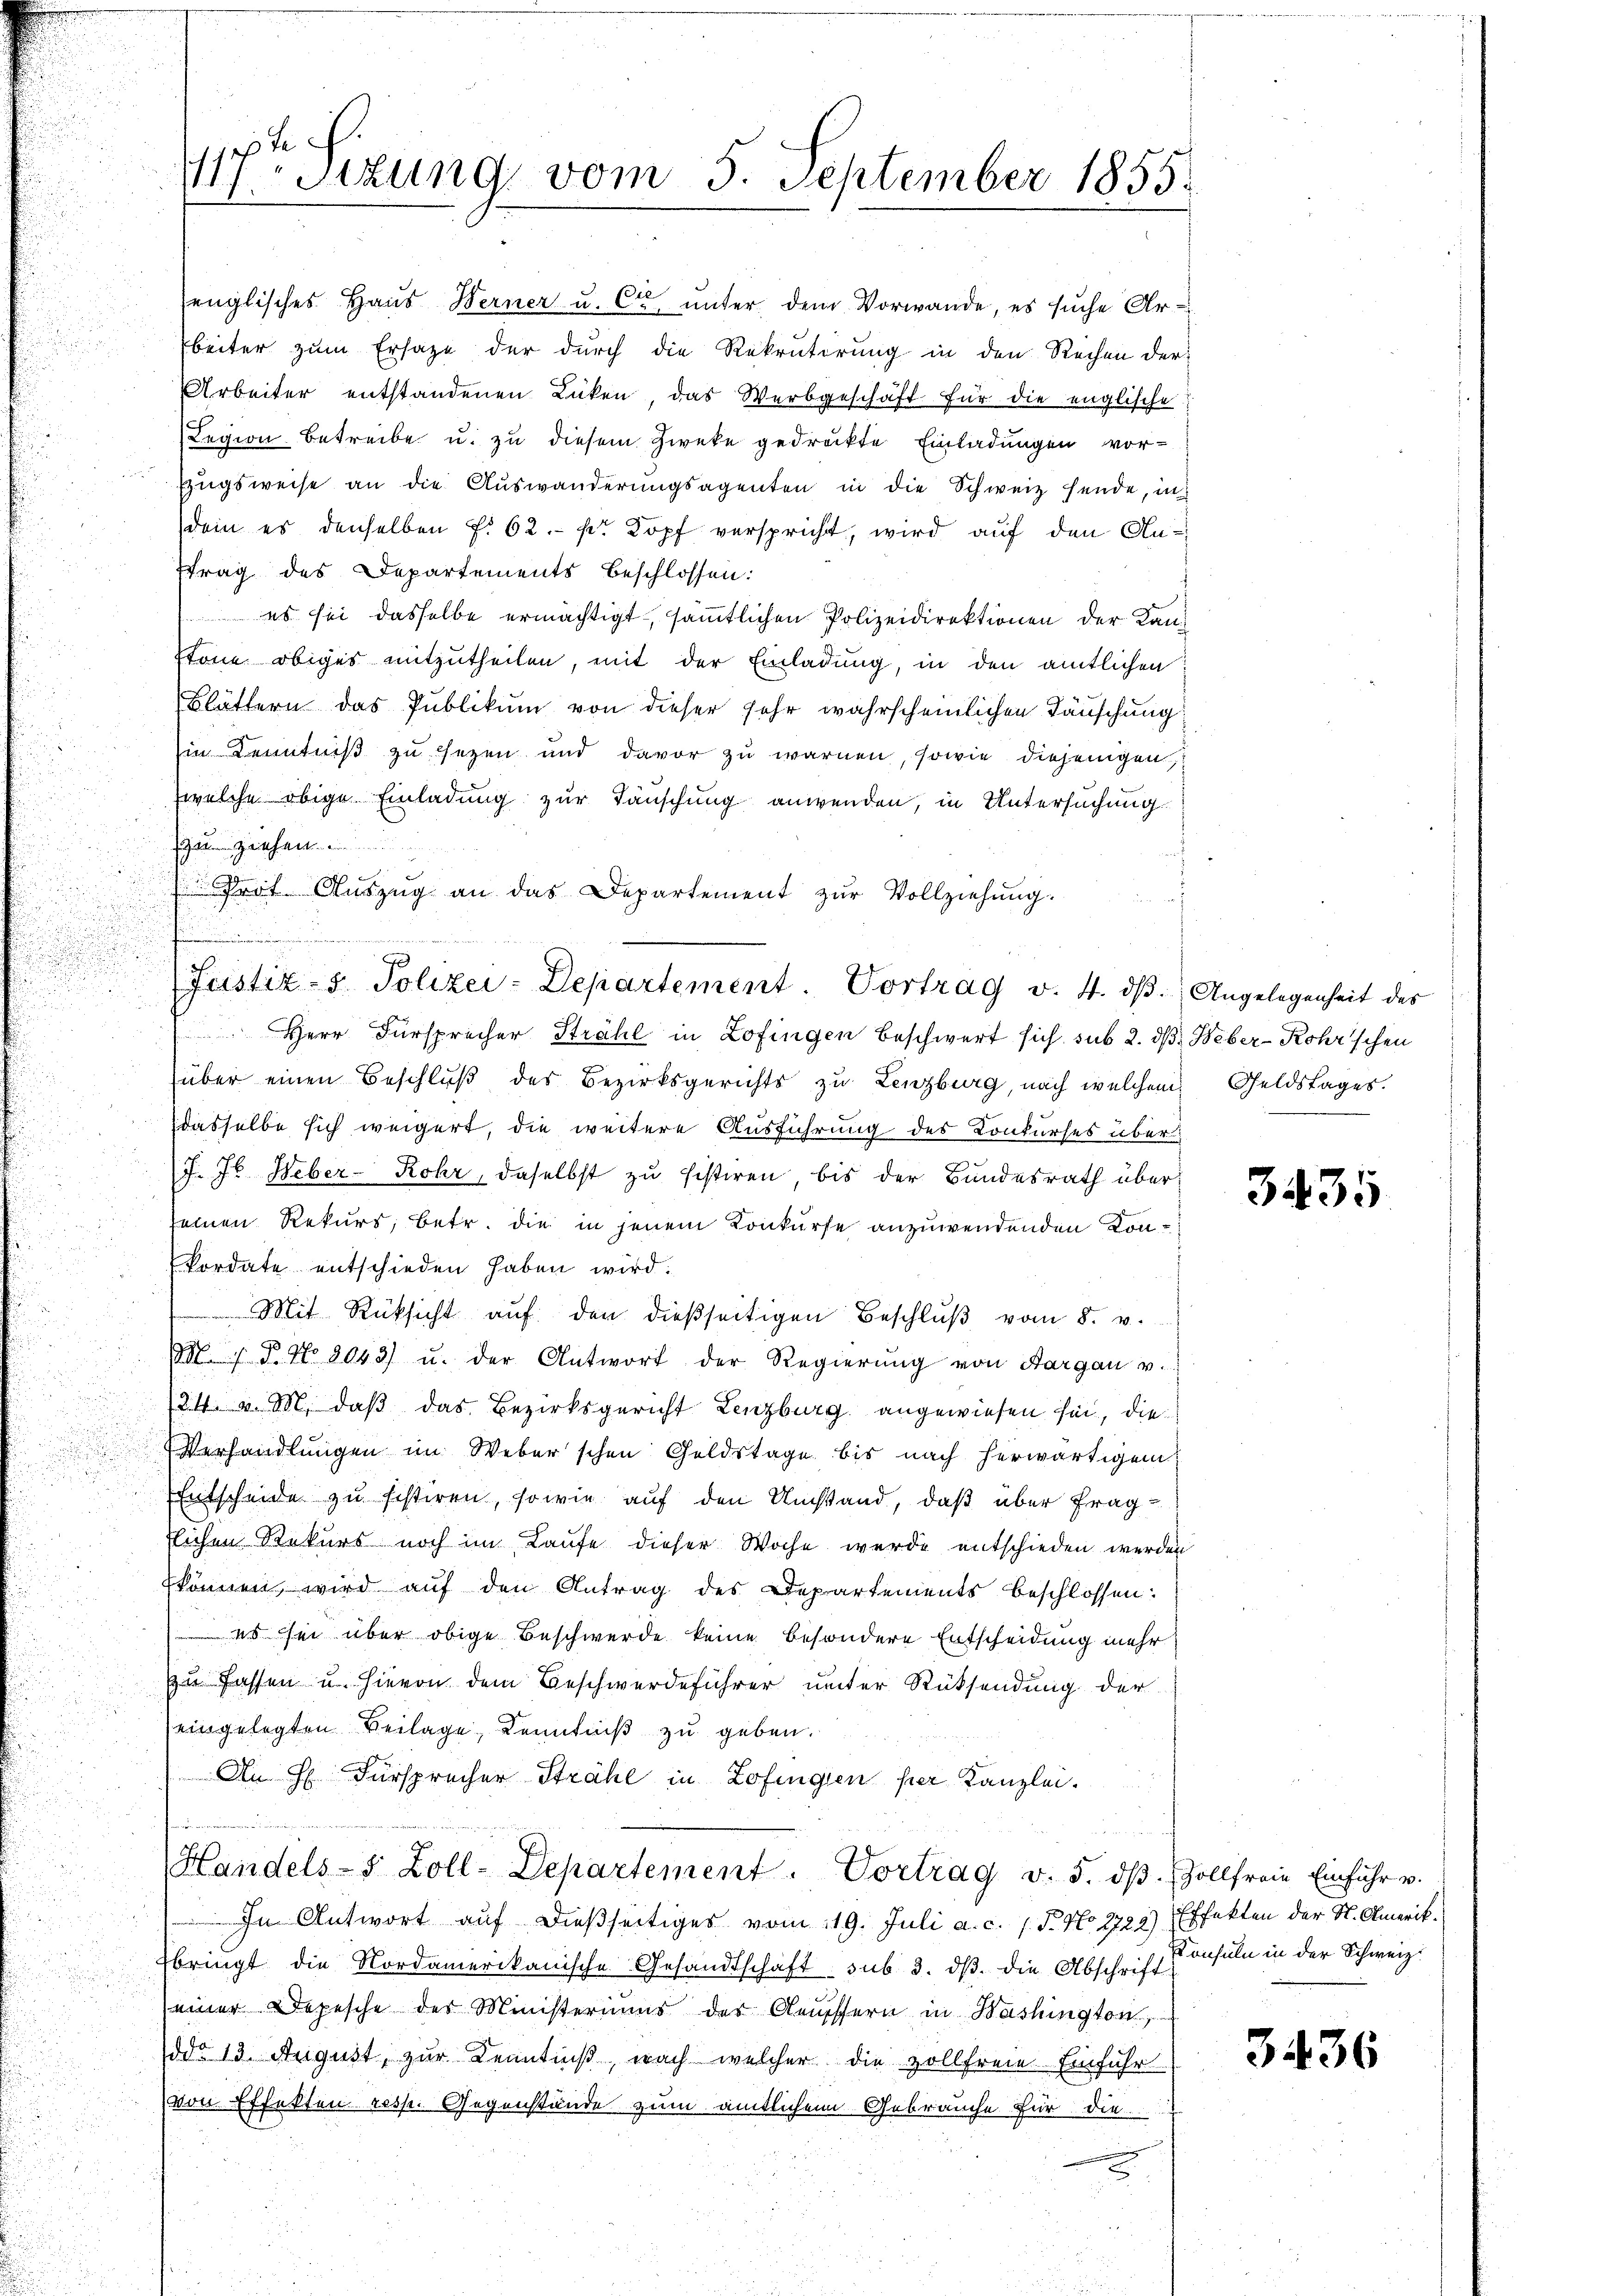
i

117ten Sizung vom 5. September 1855.

welche obige Einladung zur Tauschung anwenden, in Untersuchung
h
Prot. Aŭszŭg an das Departement zŭr Vollziehung.
Herr Fürsprecher Strahl in Zofingen beschwert sich sub 2. dβ Weber-Rohr'schen
über einen Beschluß des Bezirksgerichts zu Lenzburg, nach welchem Geldstages.
dasselbe sich weigert, die weitere Ausführung des Konkurses über
J. J. Weber-Rohr, daselbst zu sistiren, bis der Bundesrath überseinen Rekurs, betr. die in jenem Konkurse anzuwendenden Konkordate entschieden haben wird.
Mit Rücksicht aŭf den dießseitigen Beschlŭβ vom 8. v.
M. 1. P. No 9043) u. der Antwort der Regierŭng von Aargau v.
24. v. M. daß das Bezirksgericht Lenzburg, angewiesen sei, die
Verhandlungen im Weber schon Goldstage bis nach herwärtigen
Entscheide zu festiren, sowie auf den Umstand, daß über fraglichen Rekurs noch im Laufe dieser Woche wurde entschieden werden
können wird auf den Antrag des Departements beschlossen:
 es sei über obige Beschwerde keine besondere Entscheidung mehr:
zu fassen u. hievon dem Beschwerdeführer unter Rücksendung der
eingelegten Beilage, Kenntniß zu geben.
An Hr. Fürsprecher Strahl in Zofingen per Kanzlei.
Handels-S. Zoll-Departement. Vortrag v. 5. dβ. Zollfreie Einfuhr u.
In Antwort auf dießseitiges vom 19. Juli a. c. (T. No. 1721) Effekten der St. Amerik
Ebringt die Nordamerikanische Gesandtschaft sub 3. dβ die Abschrift
einer Depesche des Ministeriums der Aeuffern in Washington,
ddo 13. August, zur Kenntniß, nach welcher die zollfreie Einfuhr
von Effekten resp. Gegenstände zum amtlichen Gebrauche für die
u

senglisches Haus Werner u. Cie unter dem Vorwande, es suche Arbeiter zum Ersatze der durch die Rekrutirung in den Rechen der
Arbeiter entstandenen Lücken, das Werbgeschäft für die englische
Legion betreibe u. zu diesem Zwecke gedruckte Einladungen vor¬
Zugsweise an die Auswanderungsagenten in die Schweiz sende, in
dein es denselben f. 62. pr. Kopf verspricht, wird auf den Antrag des Departements beschlossen:
 es sei dasselbe ermächtigt, sämmtlichen Polizeidirektionen der Kanstone obiges mitzutheilen, mit der Einladung, in den amtlichen
Blättern das Publikum von dieser sehr wahrscheinlichen Täuschung
in Kenntniß zu sezen und davor zu warnen, sowie diejenigen,

Justiz- & Polizei-Departement. Vortrag v. 4. dβ. Angelegenheit des

3435

Konsuln in der Schweiz.

3436